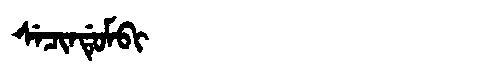
Manchu: ᠰᡝᠴᡳᠨᡩᡠᠮᠪᡳ
Romanization: SECINDUMBI